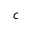
c